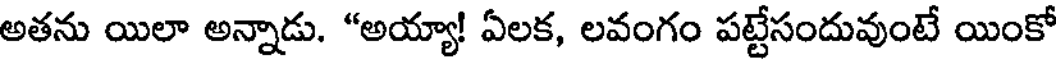
అతను యిలా అన్నాడు. "అయ్యా! ఏలక, లవంగం పట్టేసందువుంటే యింకో